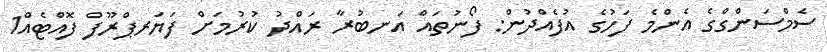
ސެމްސަންގްގެ އެންމެ ފަހުގެ އުފެއްދުން: ފޯނުތައް އަނބުރާ ރައްދު ކުރުމަށް ފަޔަރޕްރޫފް ފޮއްޓެއް1